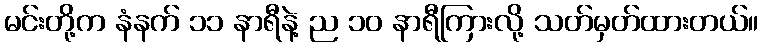
မင်းတို့က နံနက် ၁၁ နာရီနဲ့ ည ၁၀ နာရီကြားလို့ သတ်မှတ်ထားတယ်။